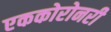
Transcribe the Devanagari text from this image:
एककोरोनरी